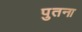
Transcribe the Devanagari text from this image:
पुतना